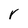
Character: r